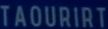
TAOURIRT